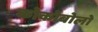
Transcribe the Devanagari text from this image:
कोकोबोलो